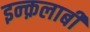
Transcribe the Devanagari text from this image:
इन्क़लाबी